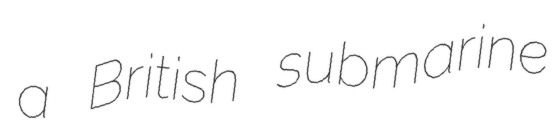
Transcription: a British submarine